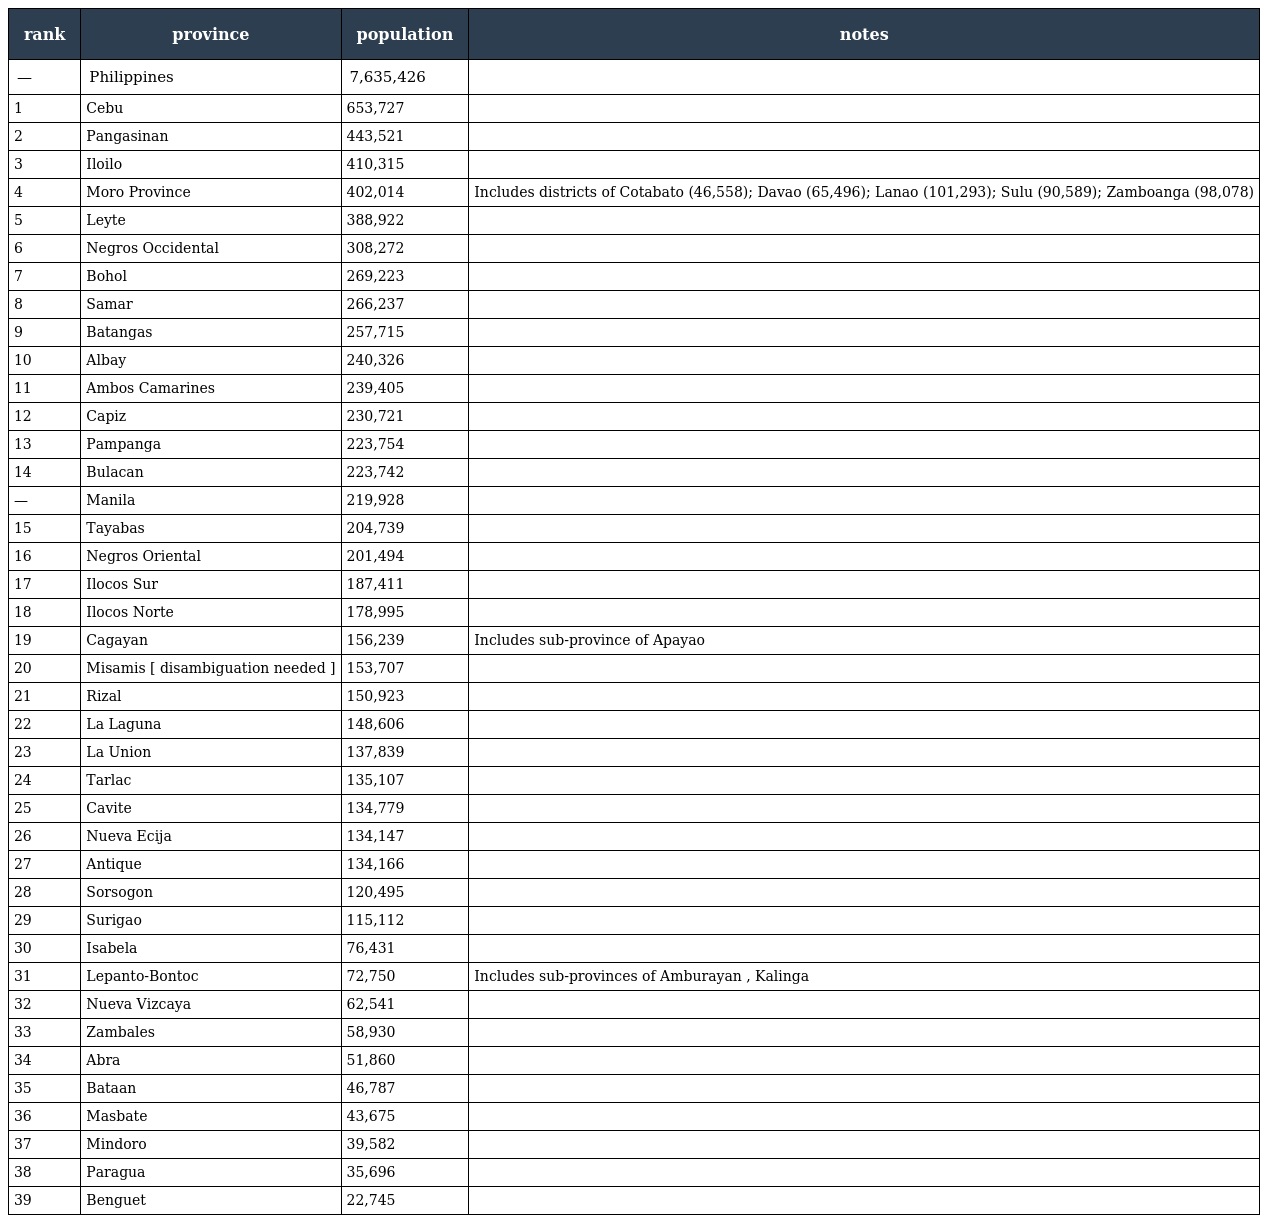
| rank | province | population | notes |
 | --- | --- | --- | --- |
 | — | Philippines | 7,635,426 |  |
 | 1 | Cebu | 653,727 |  |
 | 2 | Pangasinan | 443,521 |  |
 | 3 | Iloilo | 410,315 |  |
 | 4 | Moro Province | 402,014 | Includes districts of Cotabato (46,558); Davao (65,496); Lanao (101,293); Sulu (90,589); Zamboanga (98,078) |
 | 5 | Leyte | 388,922 |  |
 | 6 | Negros Occidental | 308,272 |  |
 | 7 | Bohol | 269,223 |  |
 | 8 | Samar | 266,237 |  |
 | 9 | Batangas | 257,715 |  |
 | 10 | Albay | 240,326 |  |
 | 11 | Ambos Camarines | 239,405 |  |
 | 12 | Capiz | 230,721 |  |
 | 13 | Pampanga | 223,754 |  |
 | 14 | Bulacan | 223,742 |  |
 | — | Manila | 219,928 |  |
 | 15 | Tayabas | 204,739 |  |
 | 16 | Negros Oriental | 201,494 |  |
 | 17 | Ilocos Sur | 187,411 |  |
 | 18 | Ilocos Norte | 178,995 |  |
 | 19 | Cagayan | 156,239 | Includes sub-province of Apayao |
 | 20 | Misamis [ disambiguation needed ] | 153,707 |  |
 | 21 | Rizal | 150,923 |  |
 | 22 | La Laguna | 148,606 |  |
 | 23 | La Union | 137,839 |  |
 | 24 | Tarlac | 135,107 |  |
 | 25 | Cavite | 134,779 |  |
 | 26 | Nueva Ecija | 134,147 |  |
 | 27 | Antique | 134,166 |  |
 | 28 | Sorsogon | 120,495 |  |
 | 29 | Surigao | 115,112 |  |
 | 30 | Isabela | 76,431 |  |
 | 31 | Lepanto-Bontoc | 72,750 | Includes sub-provinces of Amburayan , Kalinga |
 | 32 | Nueva Vizcaya | 62,541 |  |
 | 33 | Zambales | 58,930 |  |
 | 34 | Abra | 51,860 |  |
 | 35 | Bataan | 46,787 |  |
 | 36 | Masbate | 43,675 |  |
 | 37 | Mindoro | 39,582 |  |
 | 38 | Paragua | 35,696 |  |
 | 39 | Benguet | 22,745 |  |